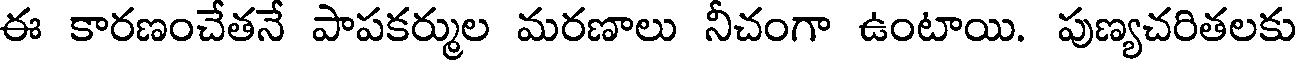
ఈ కారణంచేతనే పాపకర్ముల మరణాలు నీచంగా ఉంటాయి. పుణ్యచరితలకు